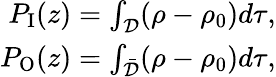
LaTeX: \begin{array}{r}{P_{\mathrm{I}}(z)=\int_{\mathcal D}(\rho-\rho_{0})d\tau,}\\ {P_{\mathrm{O}}(z)=\int_{\bar{\mathcal D}}(\rho-\rho_{0})d\tau,}\end{array}